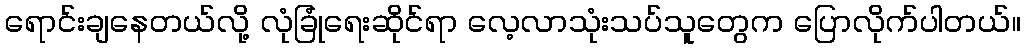
ရောင်းချနေတယ်လို့ လုံခြုံရေးဆိုင်ရာ လေ့လာသုံးသပ်သူတွေက ပြောလိုက်ပါတယ်။